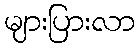
များပြားလာ